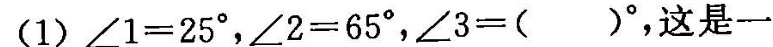
(1)∠1=25°，∠2=65°，∠3=()°，这是一